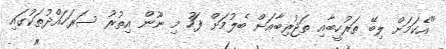
"އެކަމަށް ލިބޭ ތަރުހީބާއި ތަޖުރިބާއަށް ބެލުމަށް ފަހު މި ނޫން އިތުރު ސަރަހައްދުތަކުގައި